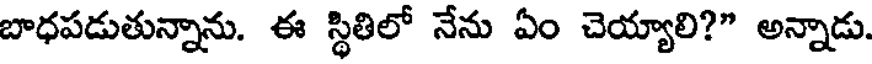
బాధపడుతున్నాను. ఈ స్థితిలో నేను ఏం చెయ్యాలి?" అన్నాడు.